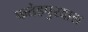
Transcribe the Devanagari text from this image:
फतेहपुरदाल